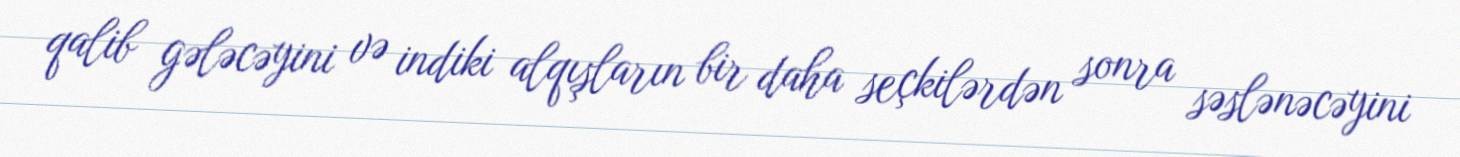
qalib gələcəyini və indiki alqışların bir daha seçkilərdən sonra səslənəcəyini